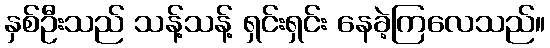
နှစ်ဦးသည် သန့်သန့် ရှင်းရှင်း နေခဲ့ကြလေသည်။